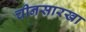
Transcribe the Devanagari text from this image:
चीनसारखा